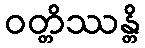
ဝတ္တိဿန္တိ